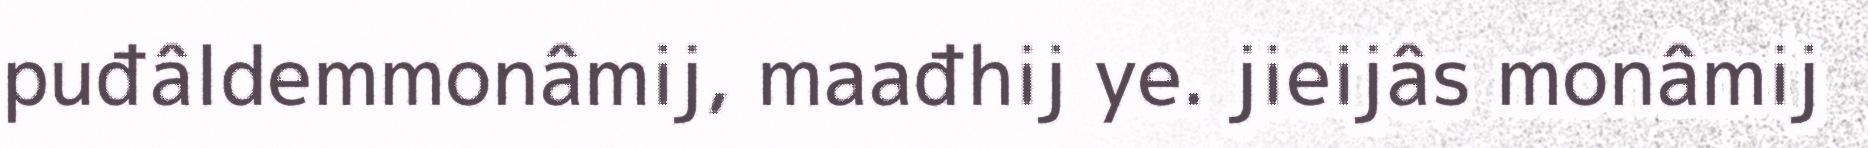
puđâldemmonâmij, maađhij ye. jieijâs monâmij